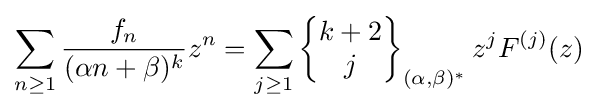
\sum _{n\geq 1}{\frac {f_{n}}{(\alpha n+\beta )^{k}}}z^{n}=\sum _{j\geq 1}\left\{{\begin{matrix}k+2\\j\end{matrix}}\right\}_{(\alpha ,\beta )^{\ast }}z^{j}F^{(j)}(z)